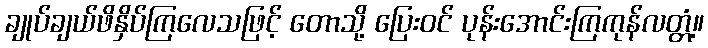
ချုပ်ချယ်ဖိနှိပ်ကြလေသဖြင့် တောသို့ ပြေးဝင် ပုန်းအောင်းကြကုန်လတ္တံ့။